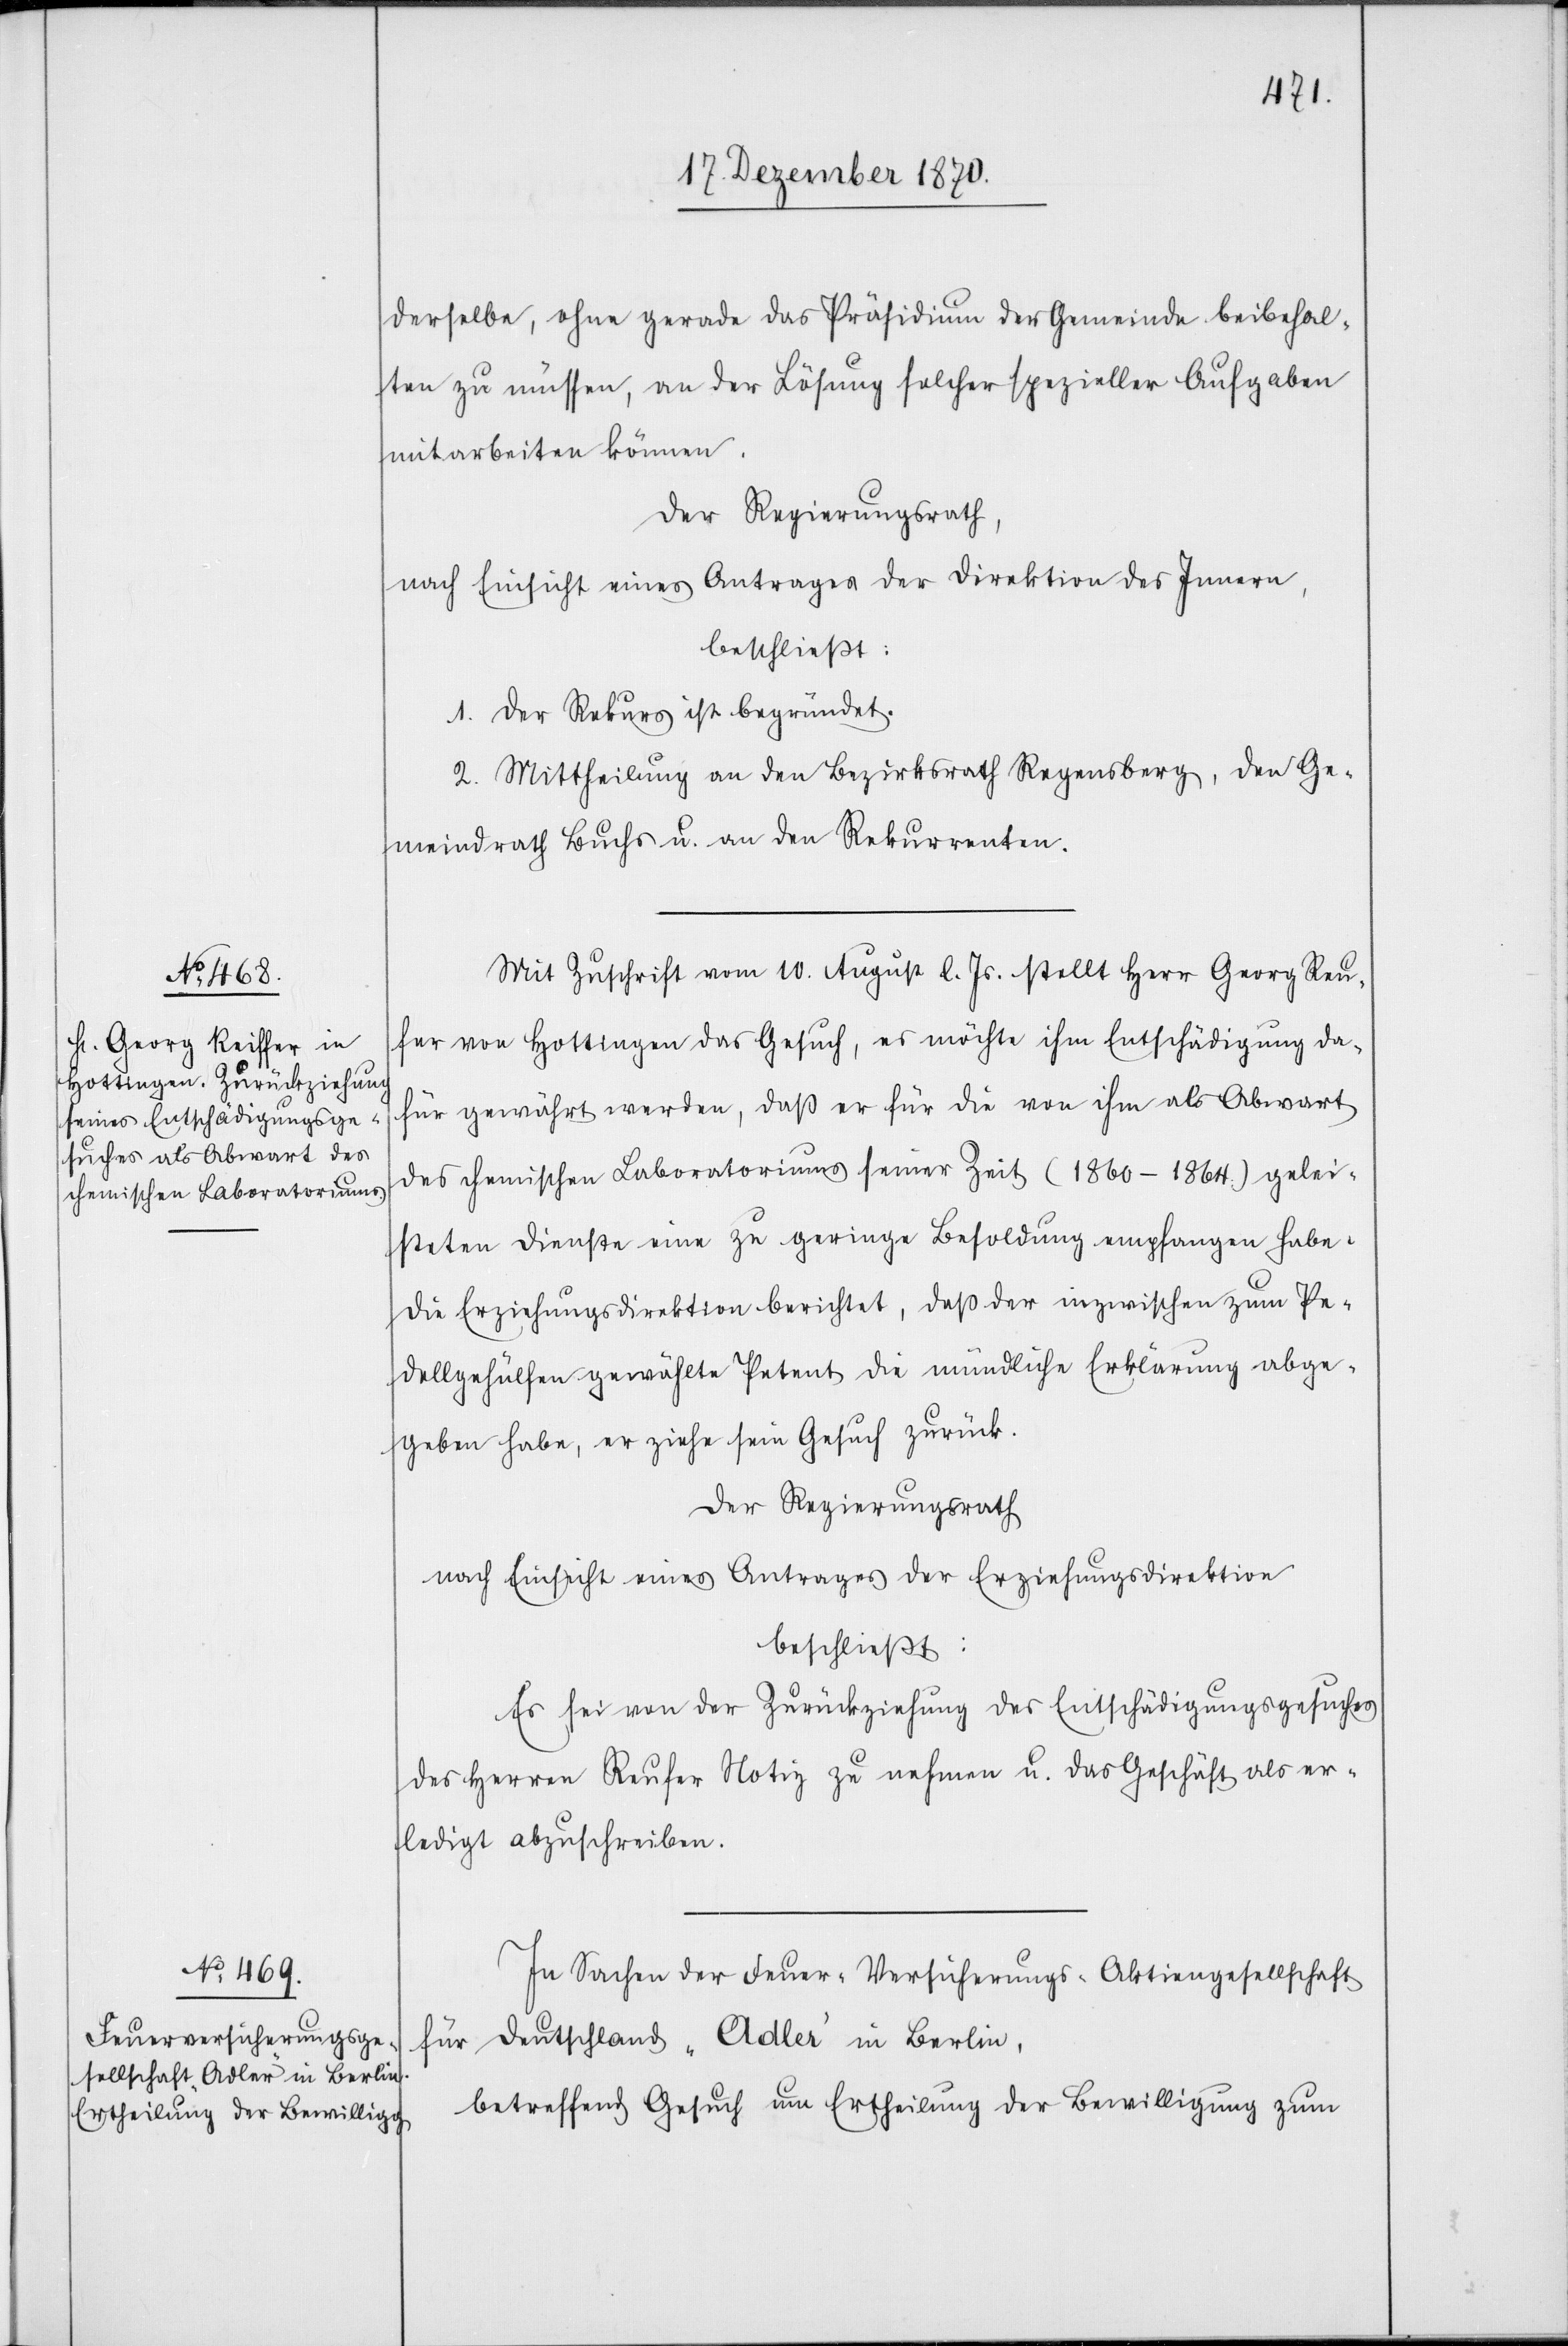
derselbe, ohne gerade das Präsidium der Gemeinde beibehal¬
ten zu müssen, an der Lösung solcher spezieller Aufgaben
mitarbeiten zu können.
Der Regierungsrath
nach Einsicht eines Antrages der Direktion des Innern,
beschließt:
1. Der Rekurs ist begründet.
2. Mittheilung an den Bezirksrath Regensberg, den Ge¬
meindrath Buchs u. an den Rekurrenten.
Mit Zuschrift vom 10. August l. Js. stellt Herr Georg Reufer
von Hottingen das Gesuch, es möchte ihm Entschädigung da¬
für gewährt werden, daß er für die von ihm als Abwart
des chemischen Laboratoriums seiner Zeit (1860–1864) gelei¬
steten Dienste eine zu geringe Besoldung empfangen habe.
Die Erziehungsdirektion berichtet, daß der inzwischen zum Pe¬
dellgehülfen gewählte Petent die mündliche Erklärung abge¬
geben habe, er ziehe sein Gesuch zurück.
Der Regierungsrath
nach Einsicht eines Antrages der Erziehungsdirektion
beschließt:
Es sei von der Zurückziehung des Entschädigungsgesuches
des Herren Reufer Notiz zu nehmen u. das Geschäft als er¬
ledigt abzuschreiben.
In Sachen der Feuer-Versicherungs-Aktiengesellschaft
für Deutschland „Adler“ in Berlin,
betreffend Gesuch um Ertheilung der Bewilligung zum